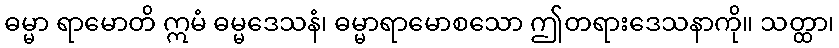
ဓမ္မာ ရာမောတိ ဣမံ ဓမ္မဒေသနံ၊ ဓမ္မာရာမောစသော ဤတရားဒေသနာကို။ သတ္ထာ၊